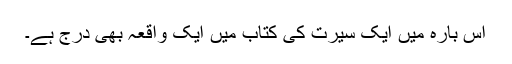
اس بارہ میں ایک سیرت کی کتاب میں ایک واقعہ بھی درج ہے۔